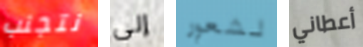
نتجنب إلى لشعور أعطاني